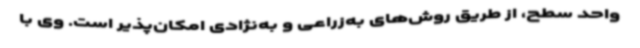
واحد سطح، از طریق روش‌های به‌زراعی و به‌نژادی امکان‌پذیر است. وی با